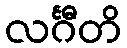
လင်္ဂီတိ